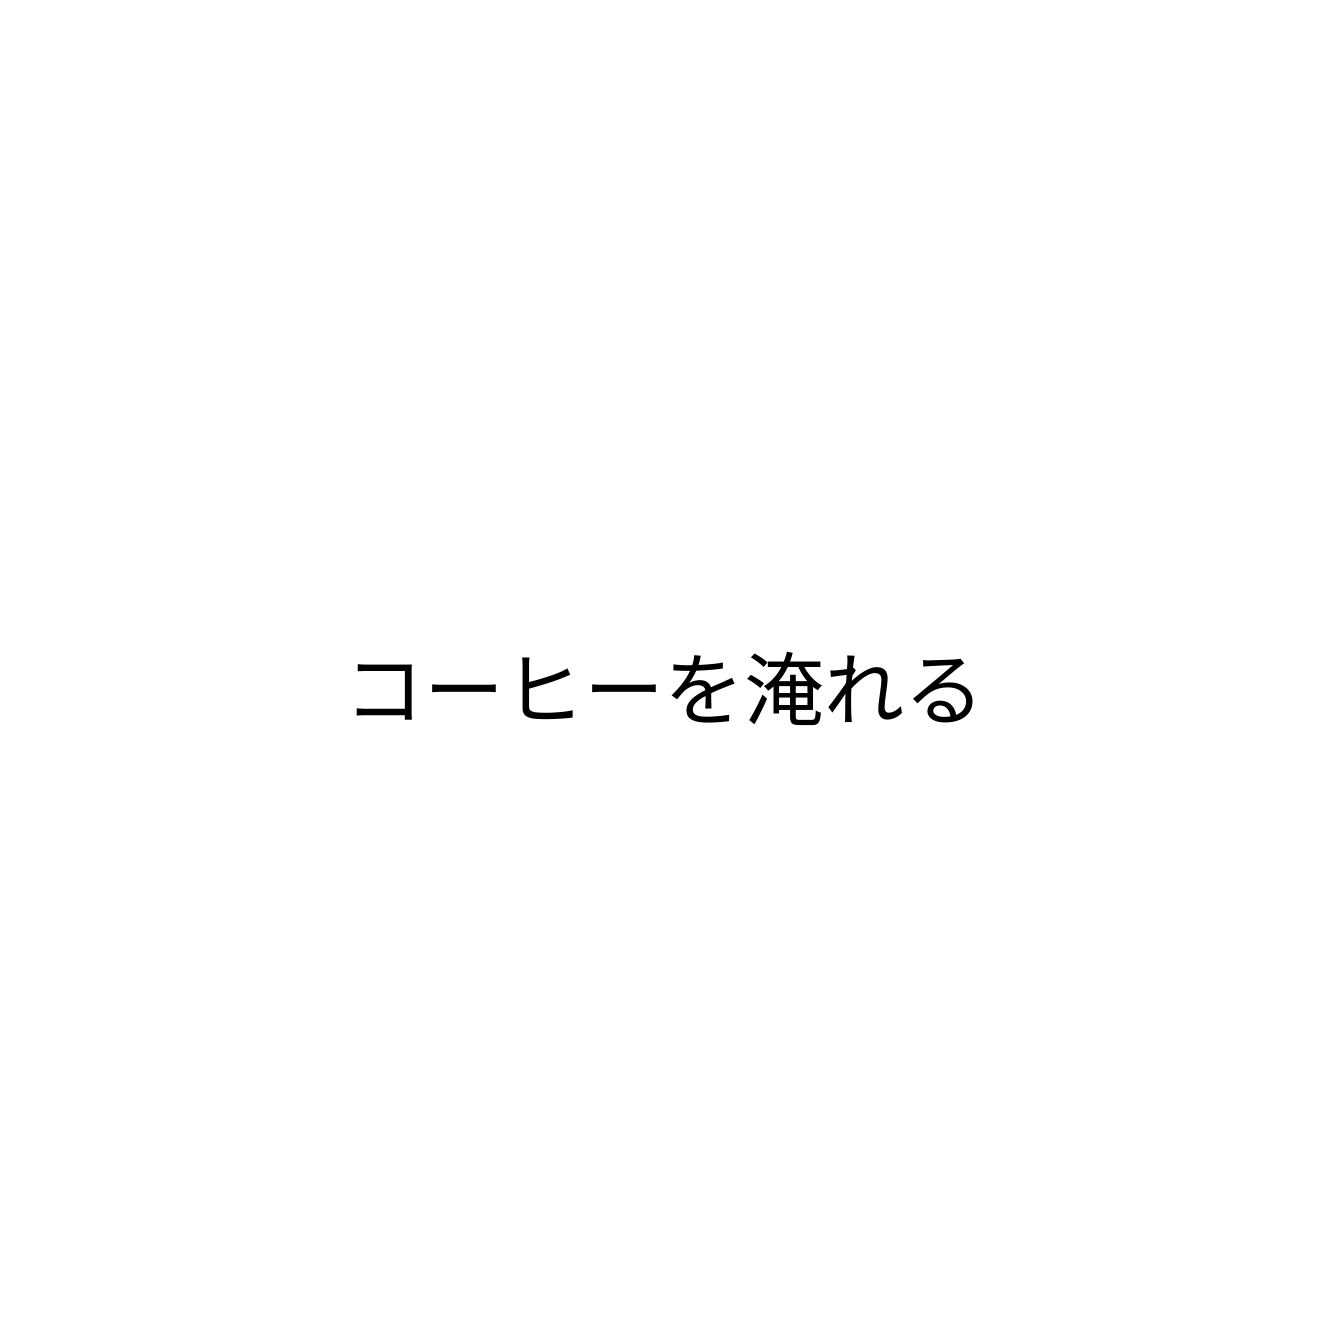
コーヒーを淹れる